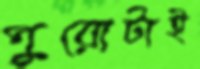
পুরোটাই